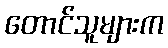
တောင်သူများက